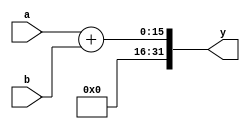
`timescale 1ns / 1ps
module adder(a,b,y);
parameter  WIDTH=16;
input [0:WIDTH-1] a,b;
//output [0:WIDTH-1] y;
output reg  [0:(WIDTH*2)-1] y;
wire[0:WIDTH-1]g;
assign g=0;
always@(a or b)
	begin
y = {g, (a + b)};

	end

endmodule
module subtractor(a,b,y);
parameter  WIDTH=16;
input [0:WIDTH-1] a,b;
//output [0:WIDTH-1] y;
output reg  [0:(WIDTH*2)-1] y;
wire[0:WIDTH-1]g;
assign g=0;
always@(a or b)
	begin
y = a-b;

	end

endmodule

module multiplier(a,b,y);
parameter WIDTH=16;
input [0:WIDTH-1]a,b;
output [0:(WIDTH*2)-1]y;
reg [0:(WIDTH*2)-1]y;
always@(a or b)
	begin
		y=a*b;
	end

endmodule

module add_mul_sub_16_bit(a, b, operation,Result);
      parameter WIDTH=16;
	input [0:WIDTH-1]a, b;
input [0:1]operation;

      output reg [0:(WIDTH*2)-1]Result;
       wire [0:(WIDTH*2)-1]Result_sub1;
      wire [0:(WIDTH*2)-1]Result_sub2;
  
      wire [0:(WIDTH*2)-1]Result_add;
      wire [0:(WIDTH*2)-1]Result_mul;
subtractor subtractor_1 (.a(a), .b(b), .y(Result_sub1));

subtractor subtractor_2 (.a(b), .b(a), .y(Result_sub2));
adder adder_1 (.a(a), .b(b), .y(Result_add));
multiplier multiplier_1 (.a(a), .b(b), .y(Result_mul));

          always@(*)

          begin
        case(operation)
        2'b00: // Addition
           Result=Result_add;

        2'b01: // sub1
           Result=Result_sub1;
        2'b10: // sub2
           Result=Result_sub2;

        2'b11: // mul
           Result=Result_mul;
endcase
   end
endmodule